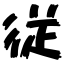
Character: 従